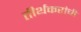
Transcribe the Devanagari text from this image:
तीर्थकरांची